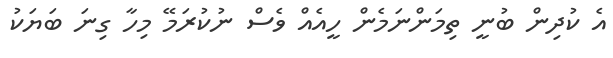
އެ ކުދިން ބުނީ ތިމަންނަމެން ހީއެއް ވެސް ނުކުރަމޭ މިހާ ގިނަ ބަޔަކު